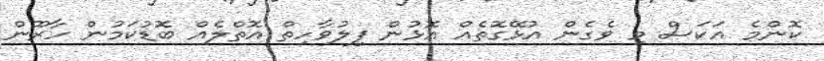
ކޮންމެ އަކަސް މި ވެގެން އުޅޭގޮތެއް އޮޅުން ފިލުވާހިތް އޮތްލެއް ބޮޑުކަމުން ހާރޫން